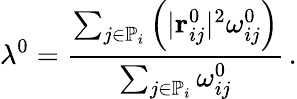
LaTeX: \lambda^{0}=\frac{\sum_{j\in\mathbb{P}_{i}}\left(\vert\mathbf{r}_{ij}^{0}\vert^{2}\omega_{ij}^{0}\right)}{\sum_{j\in\mathbb{P}_{i}}\omega_{ij}^{0}}\, .